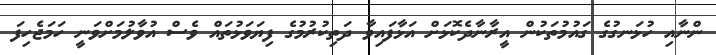
ންނާއި ހުޅަނގުގެ ގައުމުތަކުން އީރާނާދެކޮޅަށް އަޅާފައިވާ ދަތިކުރުމުގެ ފިޔަވަޅުތައް ވެސް އުވާލުމަށްވަނީ ހަމަޖެހިފަ